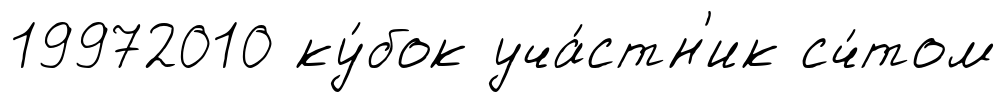
19972010 ку́бок уча́стн'ик сч́том